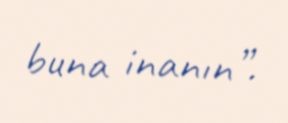
buna inanın”.